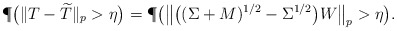
\begin{align*} \P\big(\|T - \widetilde T\|_p > \eta\big) = \P\big(\big\|\big((\Sigma + M)^{1/2} - \Sigma^{1/2} \big) W \big\|_p>\eta \big).\end{align*}